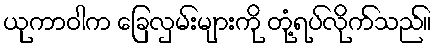
ယုကာဝါက ခြေလှမ်းများကို တုံ့ရပ်လိုက်သည်။